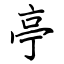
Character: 亭